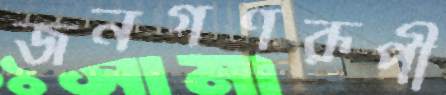
জনগণরূপী